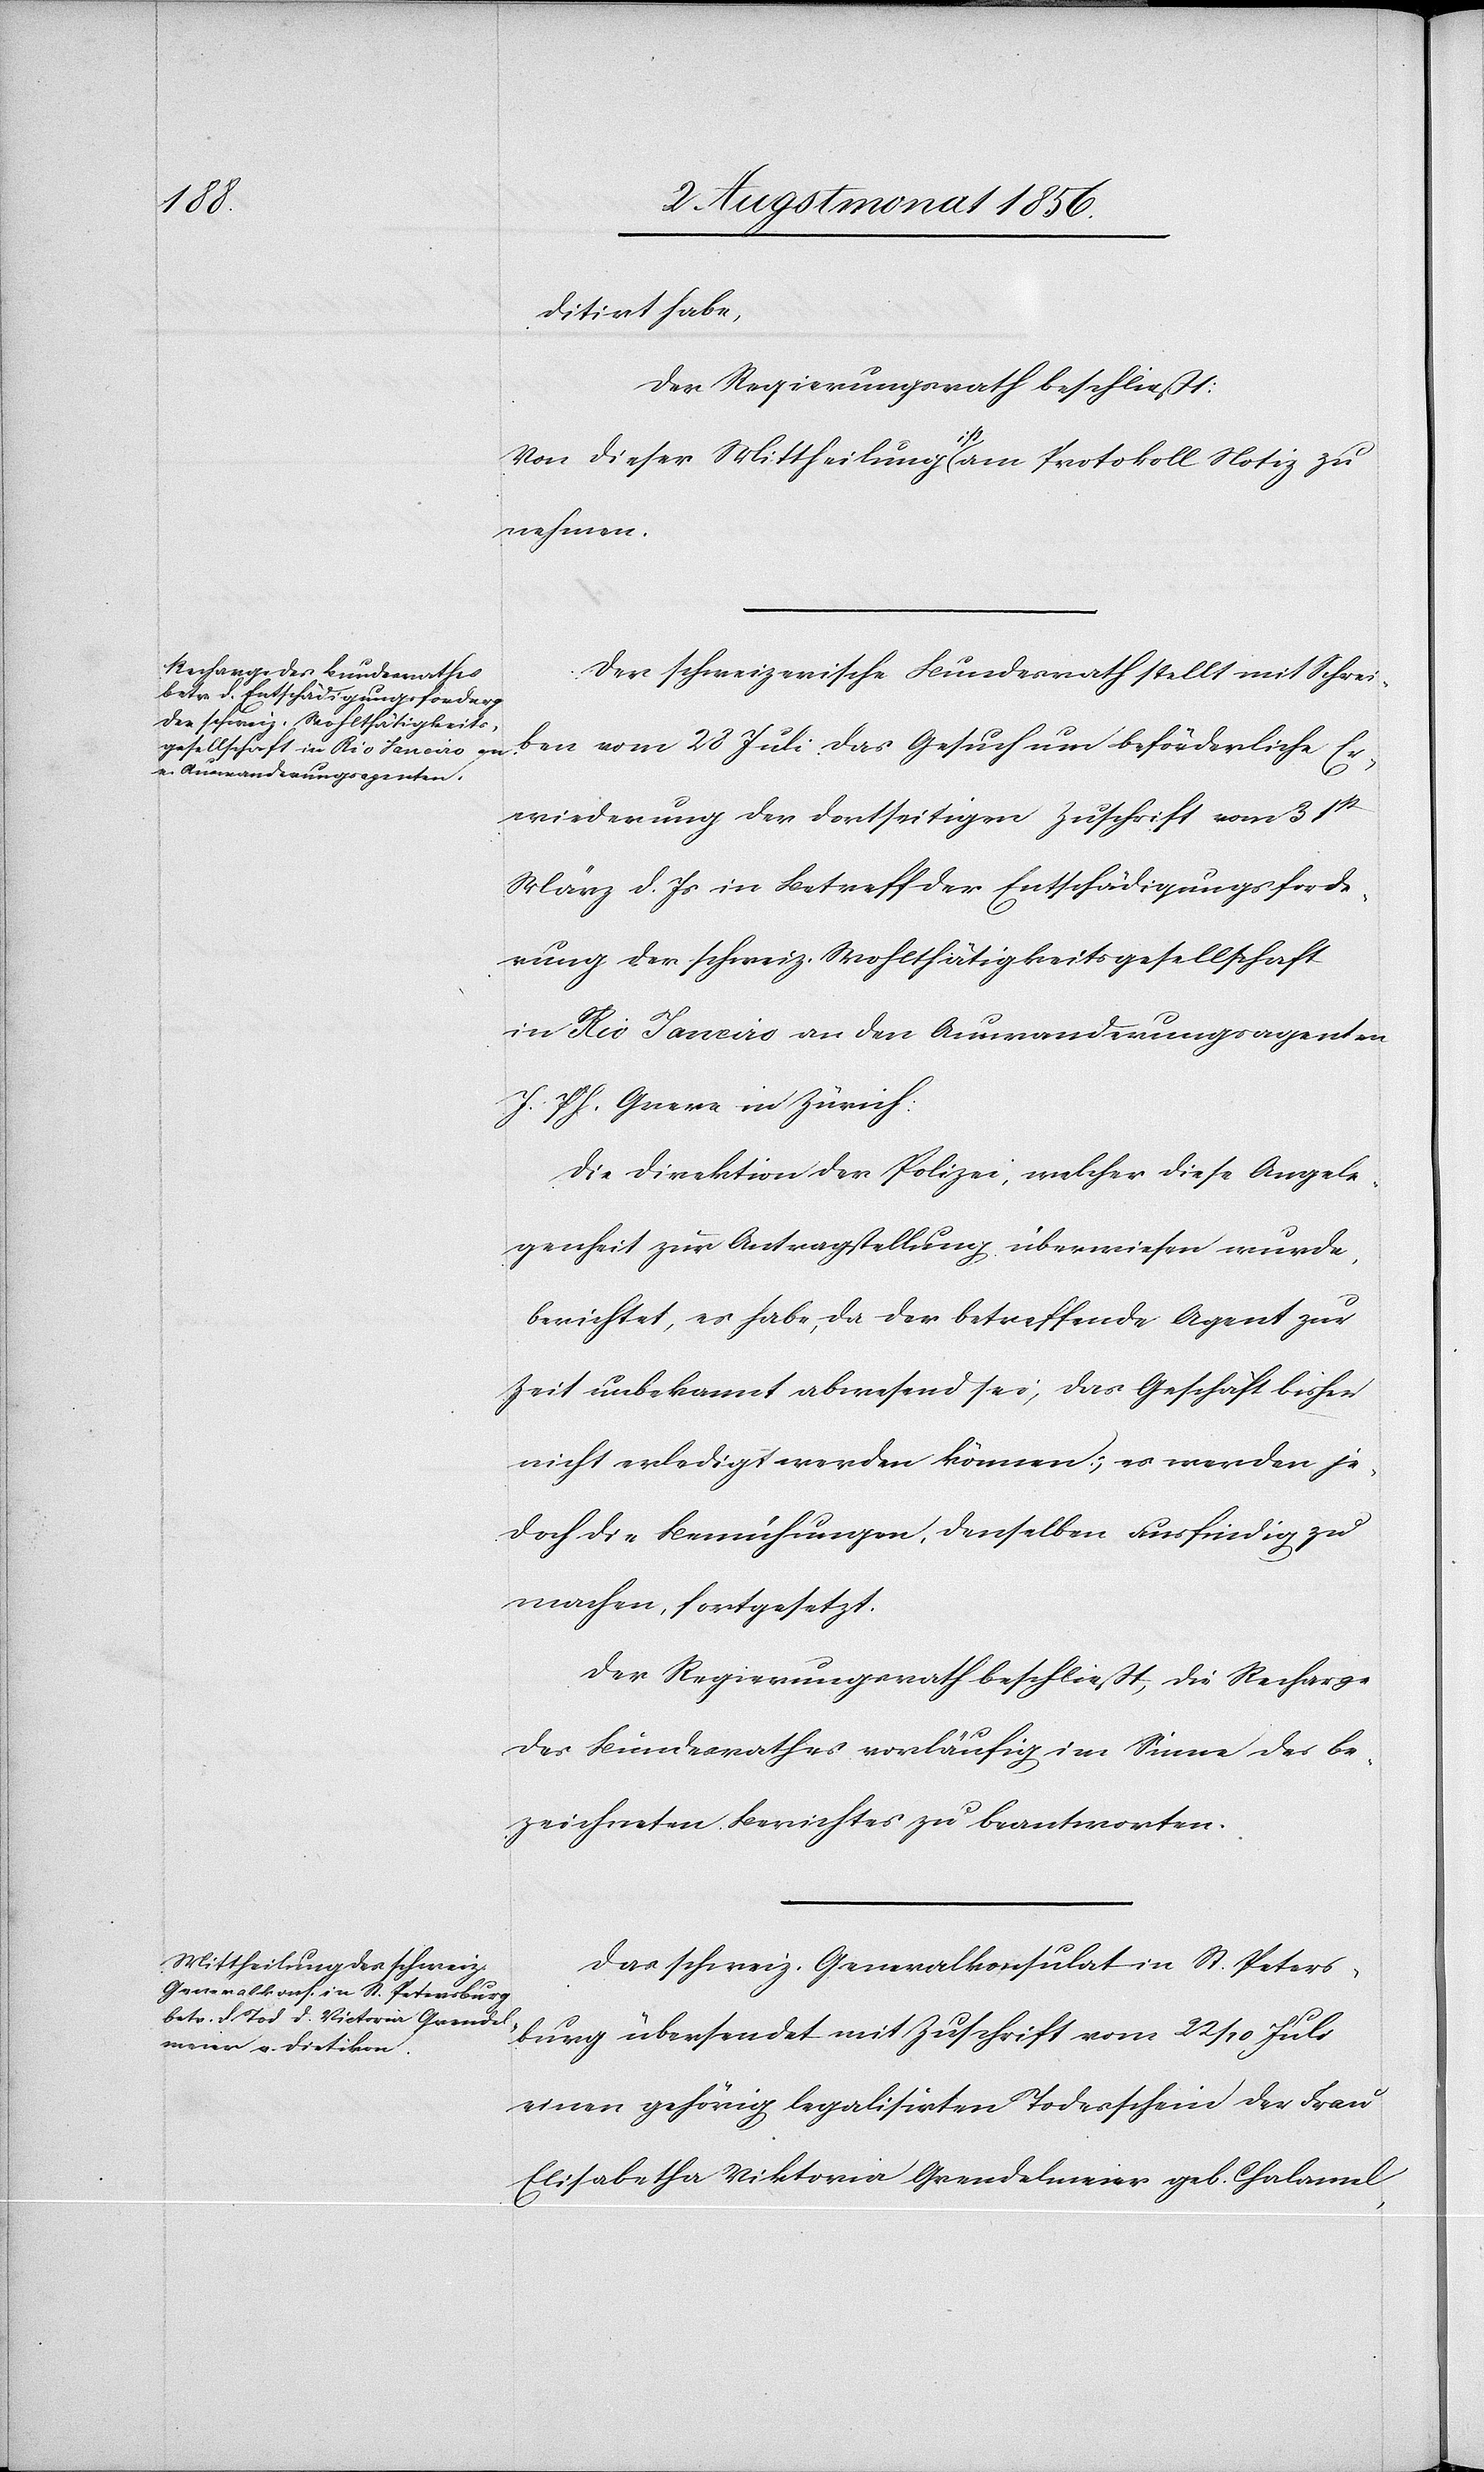
ditirt habe,
Der Regierungsrath beschließt:
Von dieser Mittheilung a-ist-a am Protokoll Notiz zu
nehmen.
Der schweizerische Bundesrath stellt mit Schrei¬
ben vom 28 Juli das Gesuch um beförderliche Er¬
wiederung der dortseitigen Zuschrift vom 31st
März d. Js in Betreff der Entschädigungsforde¬
rung der schweiz. Wohlthätigkeitsgesellschaft
in Rio Janeiro an den Auswanderungsagenten
J. Ph. Greve in Zürich:
Die Direktion der Polizei, welcher diese Angele¬
genheit zur Antragstellung überwiesen wurde,
berichtet, es habe, da der betreffende Agent zur
Zeit unbekannt abwesend sei, das Geschäft bisher
nicht erledigt werden können; es werden je¬
doch die Bemühungen, denselben ausfindig zu
machen, fortgesetzt.
Der Regierungsrath beschließt, die Recharge
des Bundesrathes vorläufig im Sinne des be¬
zeichneten Berichtes zu beantworten.
Das schweiz. Generalkonsulat in St. Peters¬
burg übersendet mit Zuschrift vom 22/10 Juli
einen gehörig legalisirten Todesschein der Frau
Elisabetha Viktoria Grendelmeier geb. Chalamel,